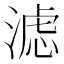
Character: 滤